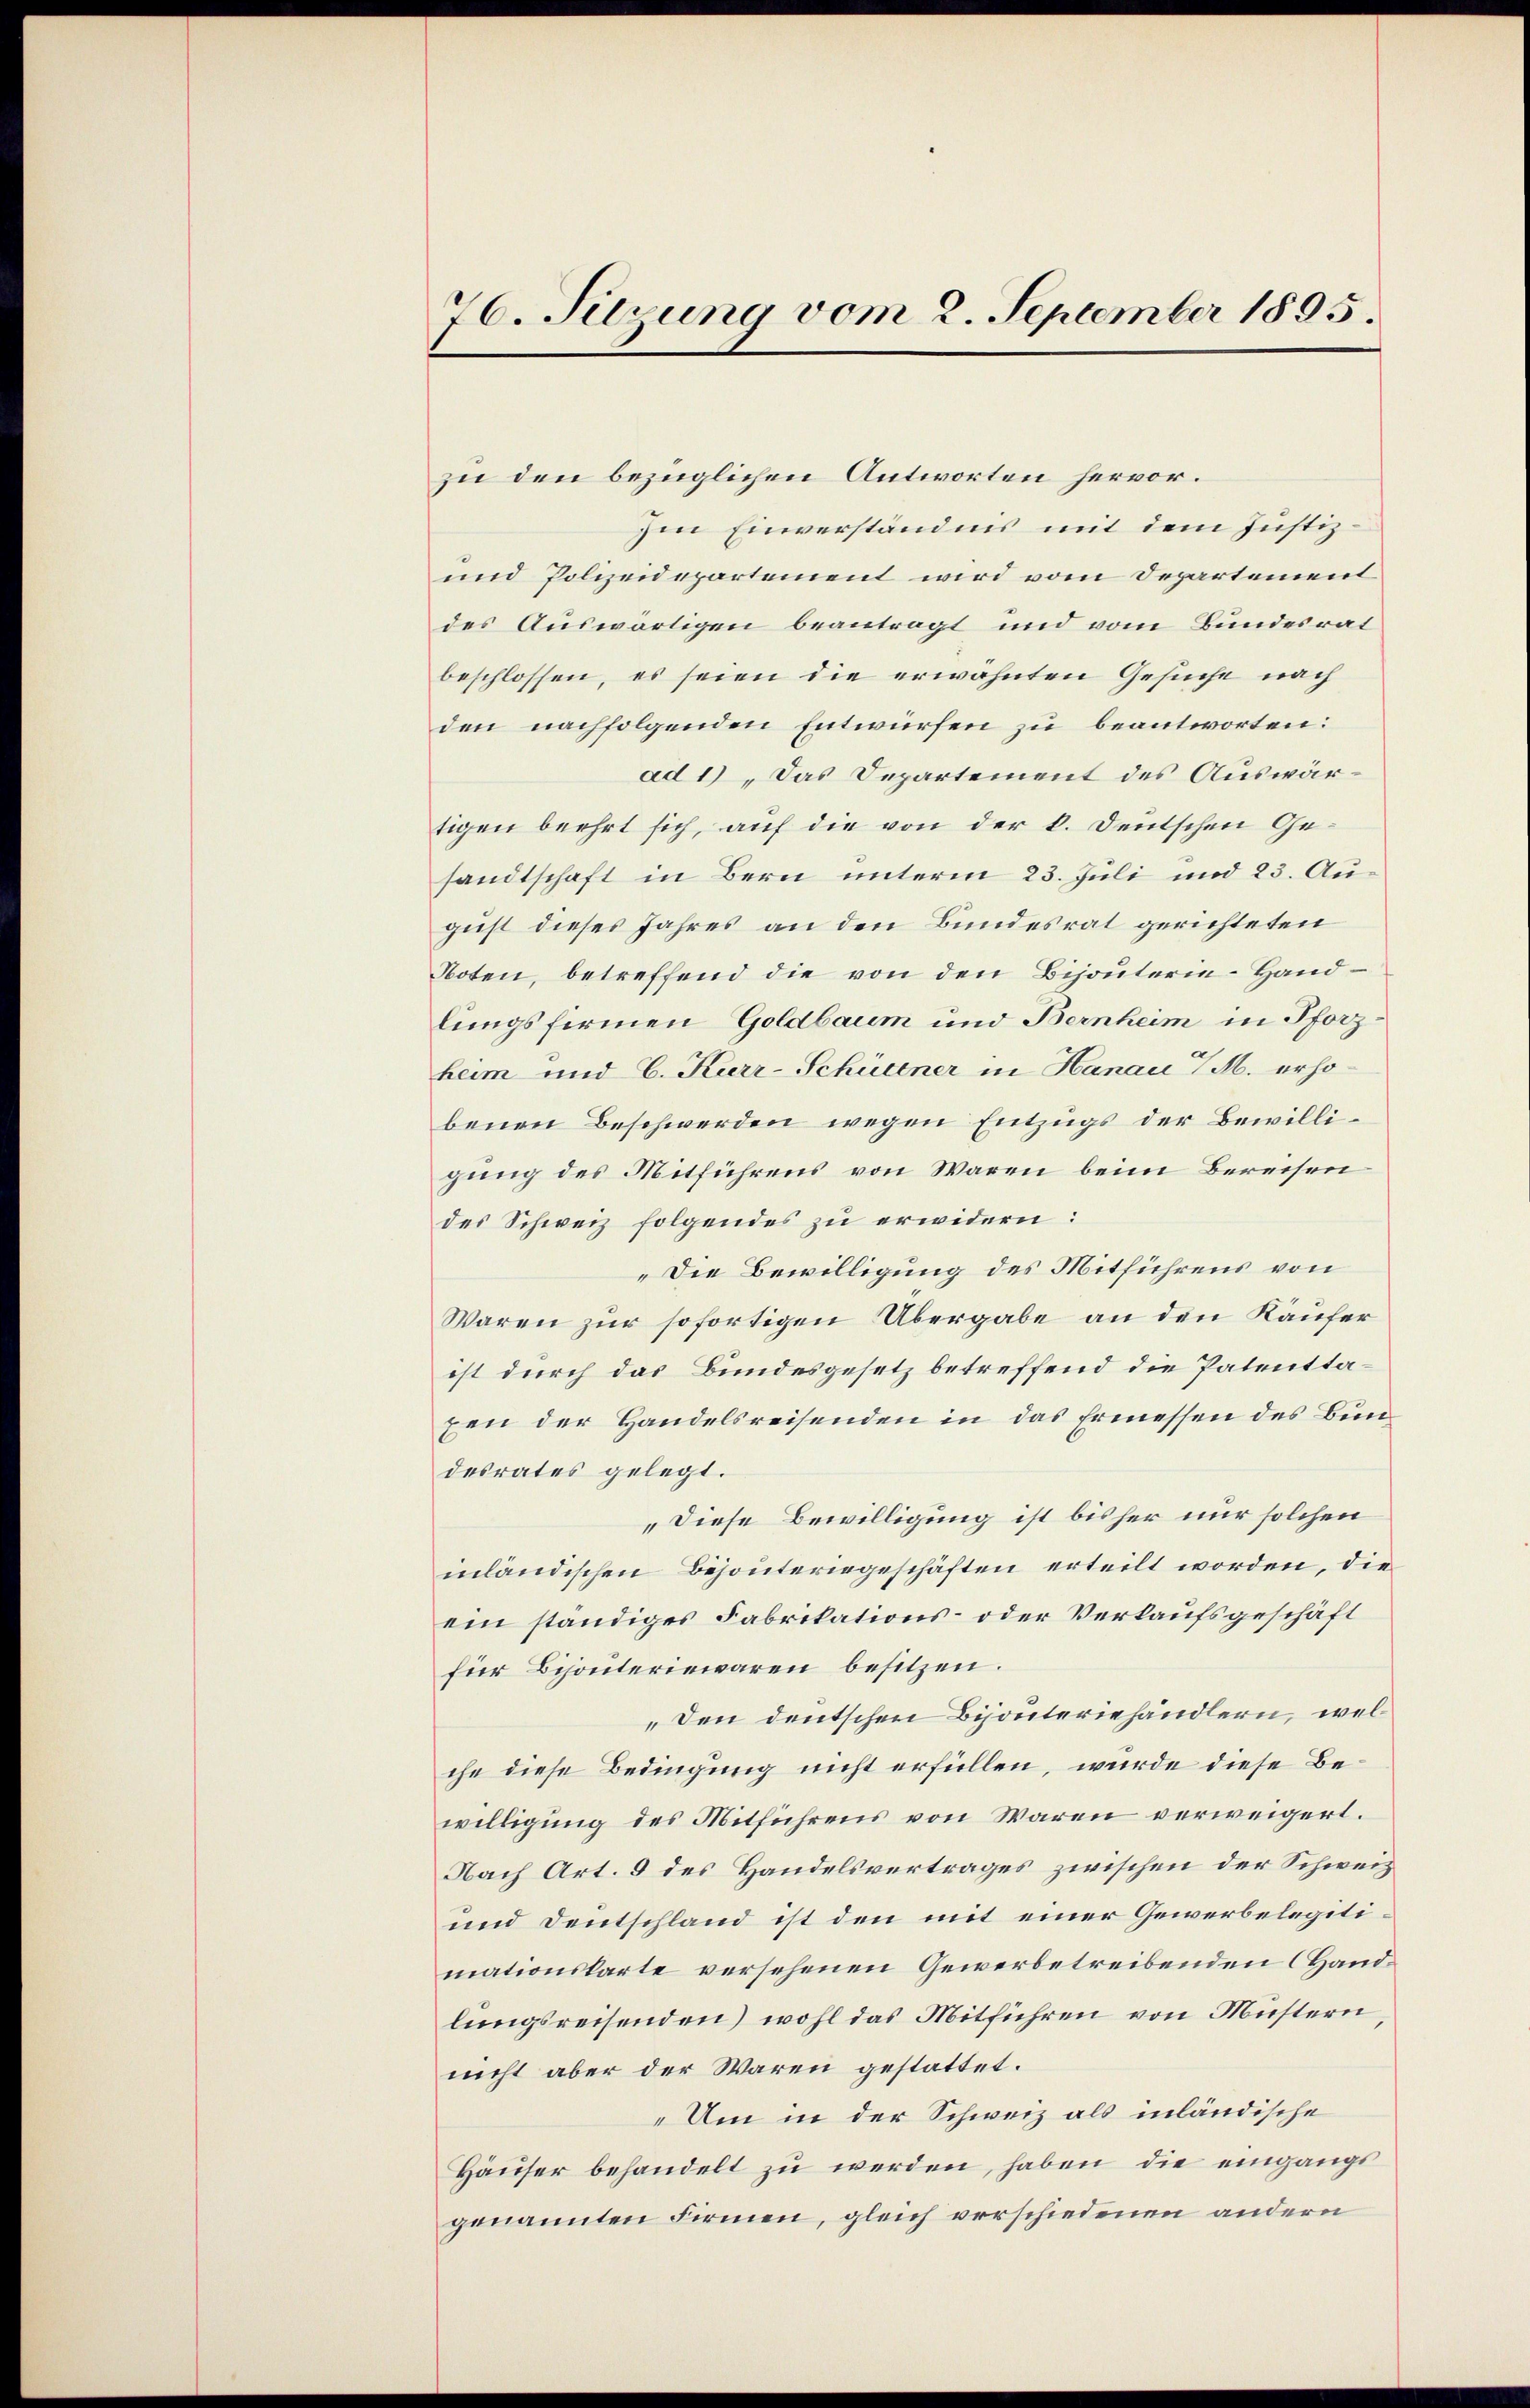
76. Sizung vom 2. September 1895.

zu den bezüglichen Antworten hervor.
Im Einverständnis mit dem Justiz¬
und Polizeidepartement wird vom Departement
des Auswärtigen beantragt und vom Bundesrat
beschlossen, es seien die erwähnten Gesuche nach
den nachfolgenden Entwürfen zu beantworten:
ad 1) Das Departement des Auswärtigen beehrt sich, auf die von der k. Deutschen Gesandtschaft in Bern unterm 23. Juli und 23. August dieses Jahres an den Bundesrat gerichteten
Noten, betreffend die von den Bijouterie-Hand-
lungsfirmen Goldbaum und Bernheim in Pforzheim und C. Kurr-Schürener in Hanau 1 M. erhobenen Beschwerden wegen Entzugs der Bewilligung des Mitführens von Waren beim Bereisen
des Schweiz folgendes zu erwidern:
„Die Bewilligung des Mitführens von
Waren zur sofortigen Übergabe an den Käufer
ist durch das Bundesgesetz betreffend die Patenttaxen der Handelsreisenden in das Ermessen des Bundesrates gelegt.
„Diese Bewilligung ist bisher nur solchen
mländischen Bejouteringeschäften erteilt worden, die
ein ständiges Fabrikations- oder Verkaufsgeschäft
für Behörteriewaren besitzen.
„den deutschen Bijouteriehändlern, welche diese Bedingung nicht erfüllen, wurde diese Bewilligung des Mitführens von Waren verweigert.
Nach Art. 9 des Handelsvertrages zwischen der Schweiz
und Deutschland ist den mit einer Gewerbelegitimationskarte versehenen Gewerbetreibenden Handlungsreisenden) wohl das Mitführen von Mustern,
nicht aber der Waren gestattet.
„Um in der Schweiz als inländische
Häuser behandelt zu werden, haben, die eingangs
genannten Firmen, gleich verschiedenen andern